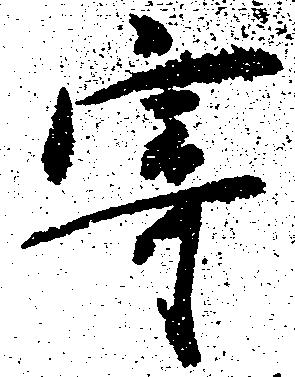
寄